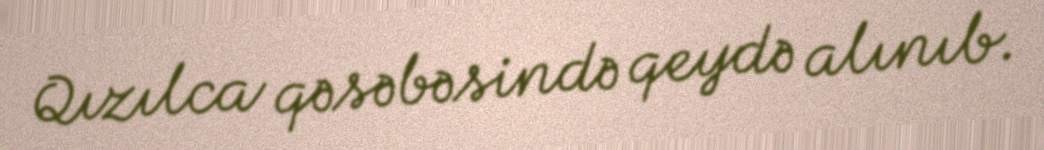
Qızılca qəsəbəsində qeydə alınıb.